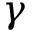
\gamma